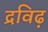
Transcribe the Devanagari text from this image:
द्रविढ़